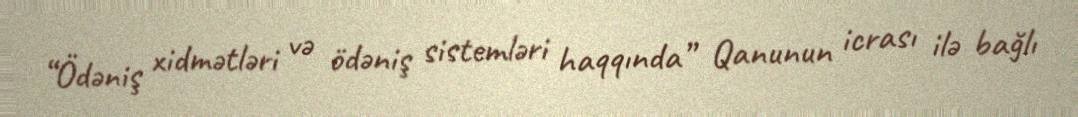
“Ödəniş xidmətləri və ödəniş sistemləri haqqında” Qanunun icrası ilə bağlı